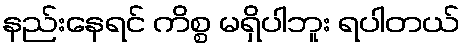
နည်းနေရင် ကိစ္စ မရှိပါဘူး ရပါတယ်